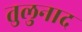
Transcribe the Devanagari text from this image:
तुलुनाद